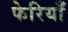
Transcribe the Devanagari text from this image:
फेरियाँ